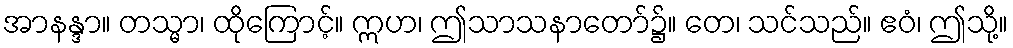
အာနန္ဒာ။ တသ္မာ၊ ထိုကြောင့်။ ဣဟ၊ ဤသာသနာတော်၌။ တေ၊ သင်သည်။ ဧဝံ၊ ဤသို့။